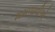
મમળાવીએ